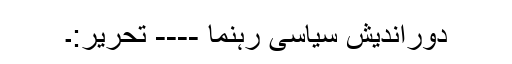
دوراندیش سیاسی رہنما ---- تحریر:۔